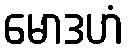
မောဒဟံ